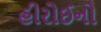
હીરોઈનો